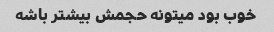
خوب بود میتونه حجمش بیشتر باشه